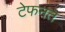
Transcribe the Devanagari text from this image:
टेफनत